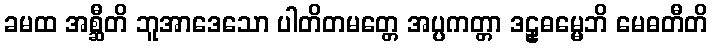
ခမထ အစ္ဆီတိ ဘူအာဒေသော ပါတိတမတ္တေ အပ္ပကတ္တာ ဒဠှဓမ္မေဘိ မေဓတီတိ